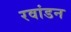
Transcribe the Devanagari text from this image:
रवांडन